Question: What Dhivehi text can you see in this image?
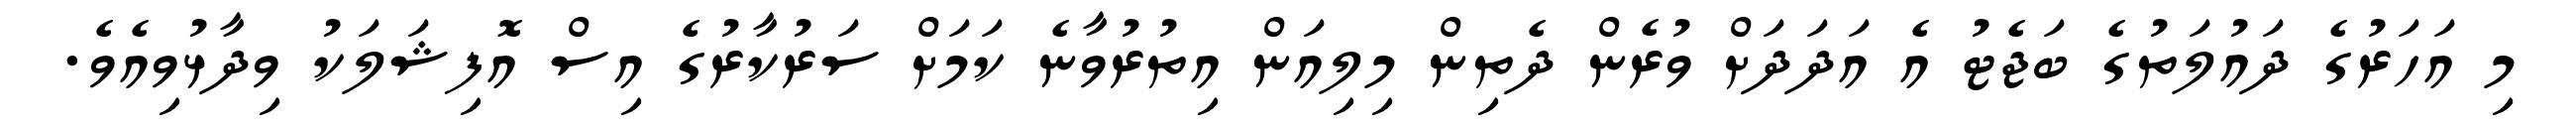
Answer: މި އަހަރުގެ ދައުލަތުގެ ބަޖެޓު އެ އަދަދަށް ވުރެން ދެތިން މިލިއަން އިތުރުވާނެ ކަމަށް ސަރުކާރުގެ އިސް އޮފިޝަލަކު ވިދާޅުވިއެވެ.